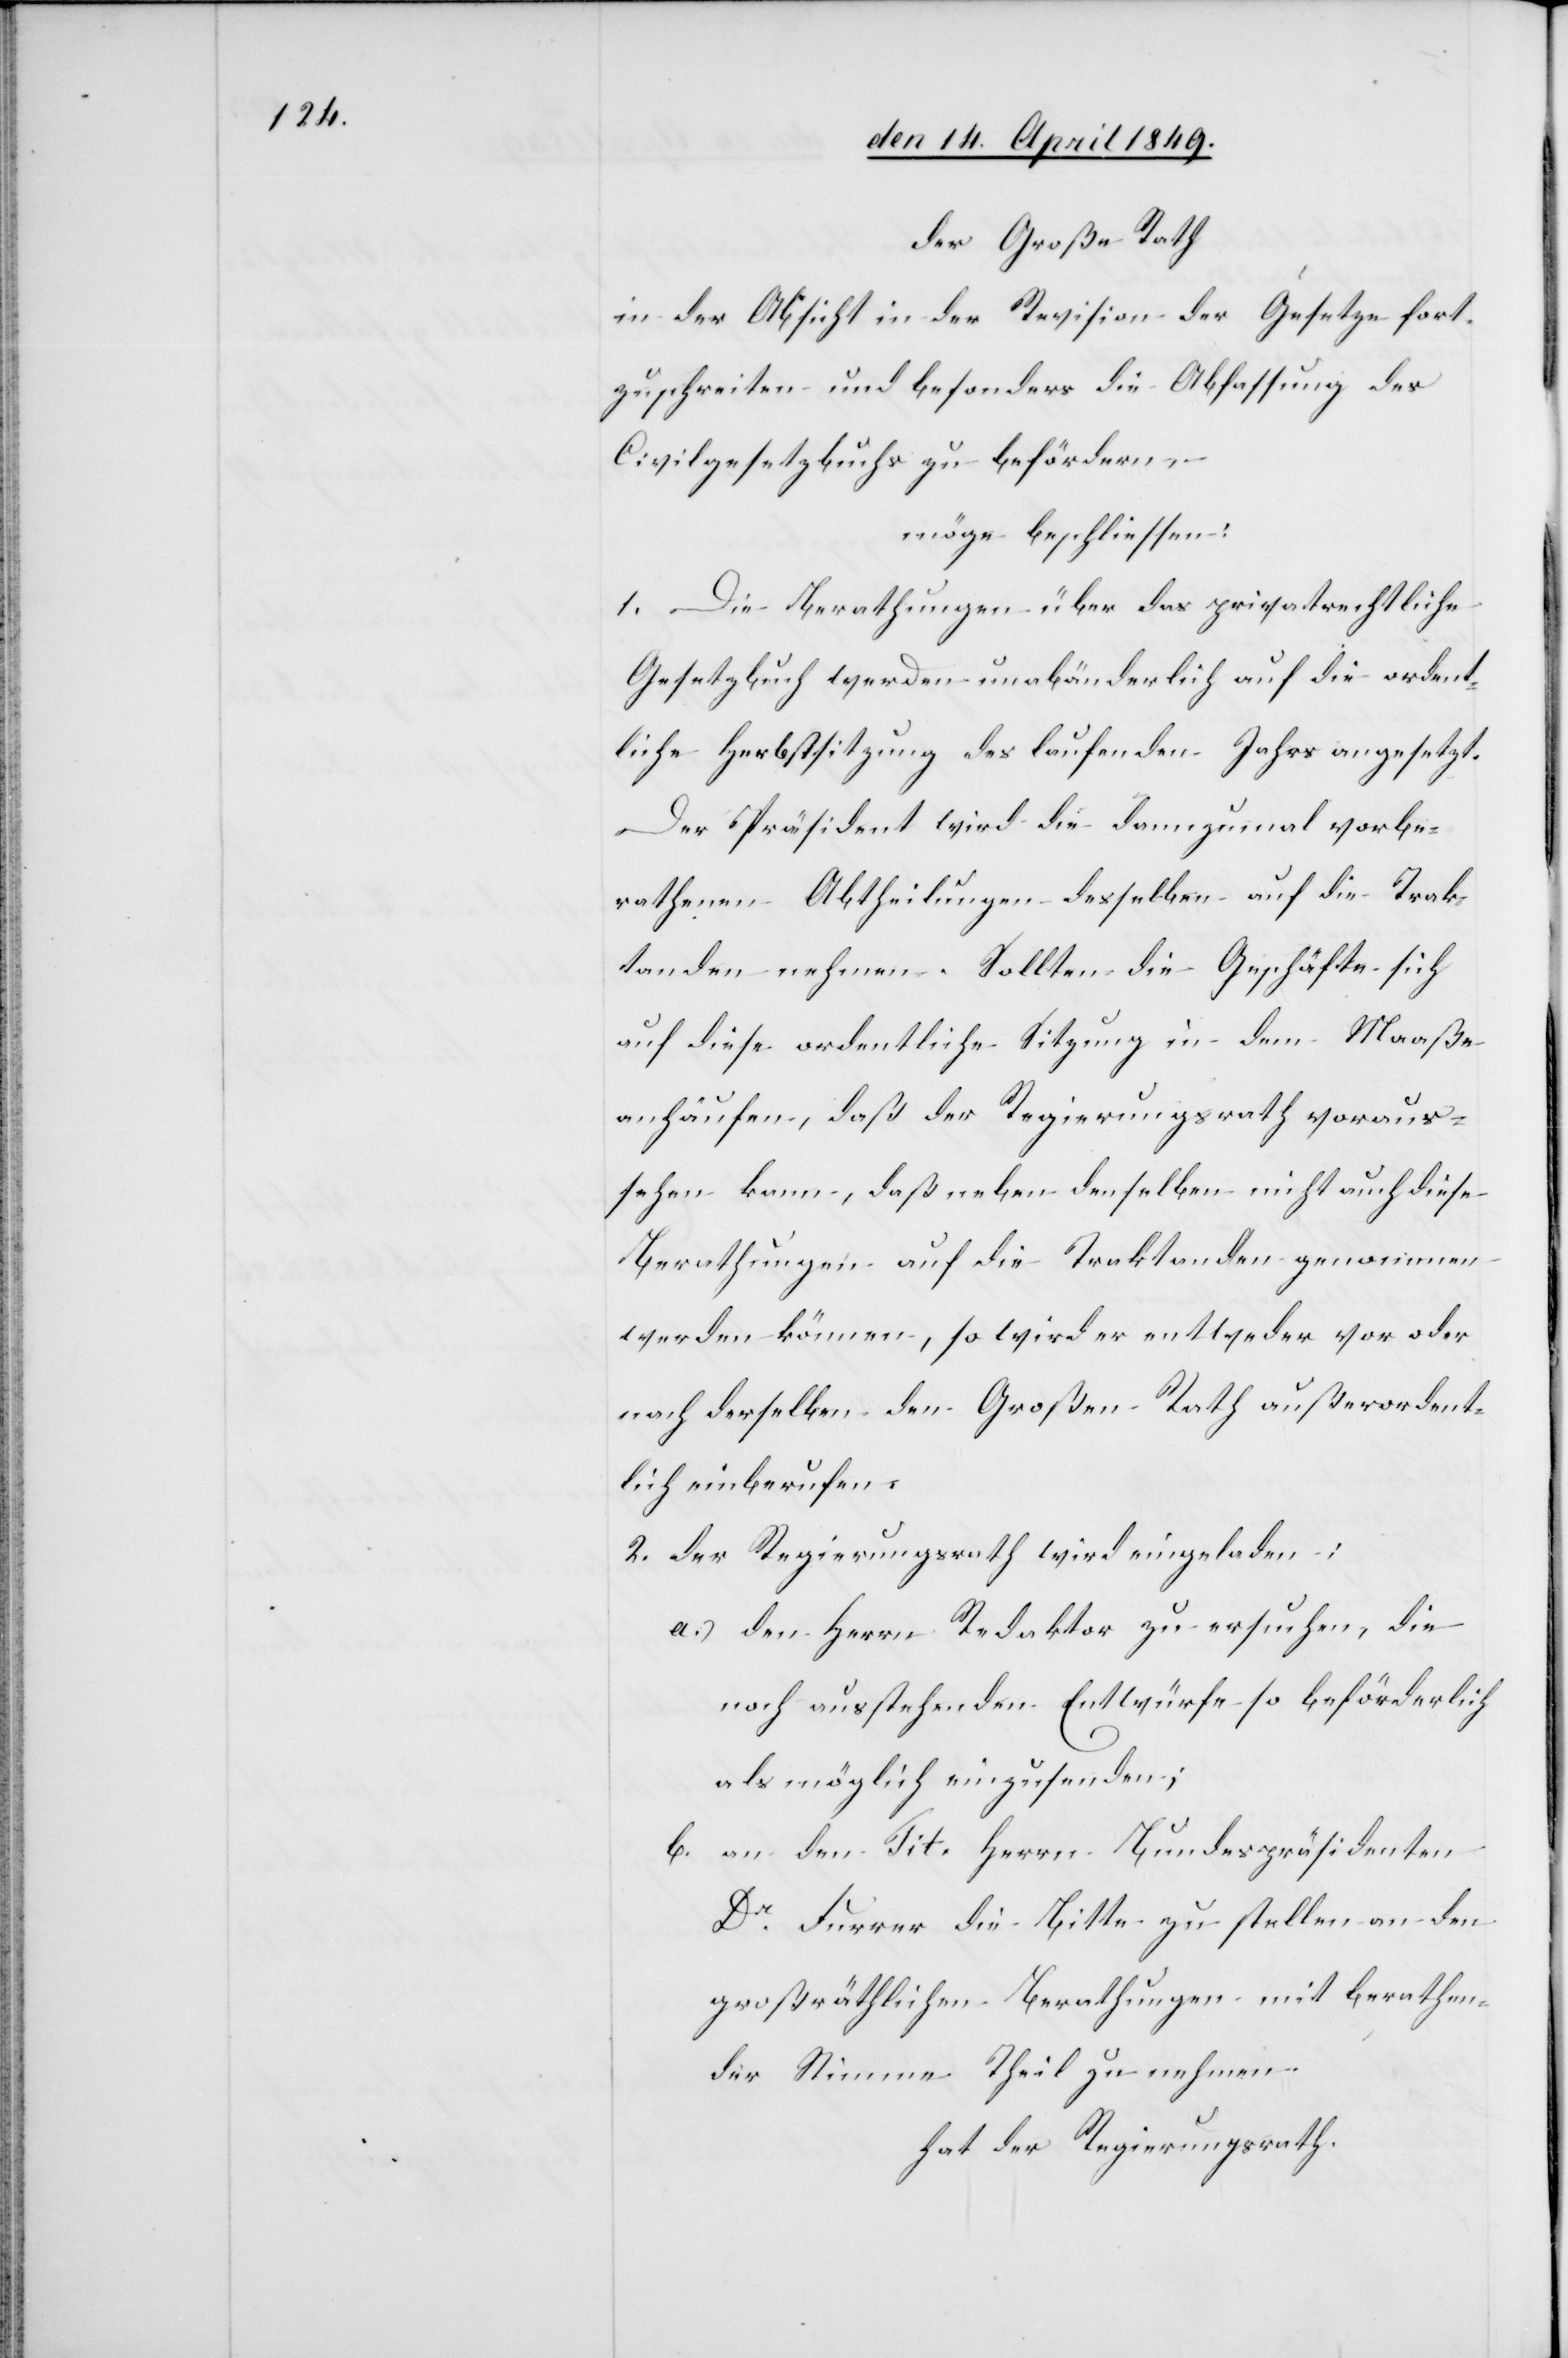
der Große Rath
in der Absicht in der Revision der Gesetze fort¬
zuschreiten und besonders die Abfassung des
Civilgesetzbuches zu befördern
möge beschliessen:
1. Die Berathungen über das privatrechtliche
Gesetzbuch werden unabänderlich auf die ordent¬
liche Herbstsitzung des laufenden Jahrs angesetzt.
Der Präsident wird die dannzumal vorbe¬
rathenen Abtheilungen desselben auf die Trak¬
tanden nehmen. Sollten die Geschäfte sich
auf diese ordentliche Sitzung in dem Maaße
anhäufen, daß der Regierungsrath voraus¬
sehen kann, daß neben denselben nicht auch diese
Berathungen auf die Traktanden genommen
werden können, so wird er entweder vor oder
nach derselben den Großen Rath außerordent¬
lich einberufen.
2. Der Regierungsrath wird eingeladen:
a.) 	den Herrn Redaktor zu ersuchen, die
noch ausstehenden Entwürfe so beförderlich
als möglich einzusenden;
b. 	an den Tit. Herrn Bundespräsidenten
Dr Furrer die Bitte zu stellen an den
großräthlichen Berathungen mit berathen¬
der Stimme Theil zu nehmen.
hat der Regierungsrath